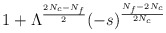
\begin{align*}1 + \Lambda^{\frac{2N_c-N_f}{2}}(-s)^{\frac{N_f-2N_c}{2N_c}}\end{align*}